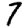
Digit: 7